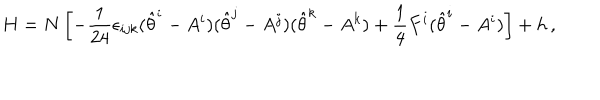
H = N \left[ - \frac { 1 } { 2 4 } \epsilon _ { i j k } ( \hat { \theta } ^ { i } - A ^ { i } ) ( \hat { \theta } ^ { j } - A ^ { j } ) ( \hat { \theta } ^ { k } - A ^ { k } ) + \frac { 1 } { 4 } F ^ { i } ( \hat { \theta } ^ { i } - A ^ { i } ) \right] + h \, ,